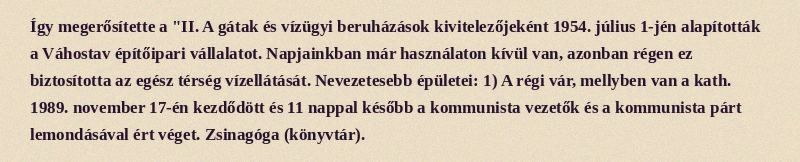
Így megerősítette a "II. A gátak és vízügyi beruházások kivitelezőjeként 1954. július 1-jén alapították a Váhostav építőipari vállalatot. Napjainkban már használaton kívül van, azonban régen ez biztosította az egész térség vízellátását. Nevezetesebb épületei: 1) A régi vár, mellyben van a kath. 1989. november 17-én kezdődött és 11 nappal később a kommunista vezetők és a kommunista párt lemondásával ért véget. Zsinagóga (könyvtár).